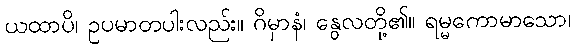
ယထာပိ၊ ဥပမာတပါးလည်း။ ဂိမှာနံ၊ နွေလတို့၏။ ရမ္မကောမာသော၊